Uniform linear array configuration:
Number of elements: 24
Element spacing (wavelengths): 1
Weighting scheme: hamming
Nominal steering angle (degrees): -30
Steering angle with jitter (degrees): -29.041
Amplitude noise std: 0.05
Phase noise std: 0.05

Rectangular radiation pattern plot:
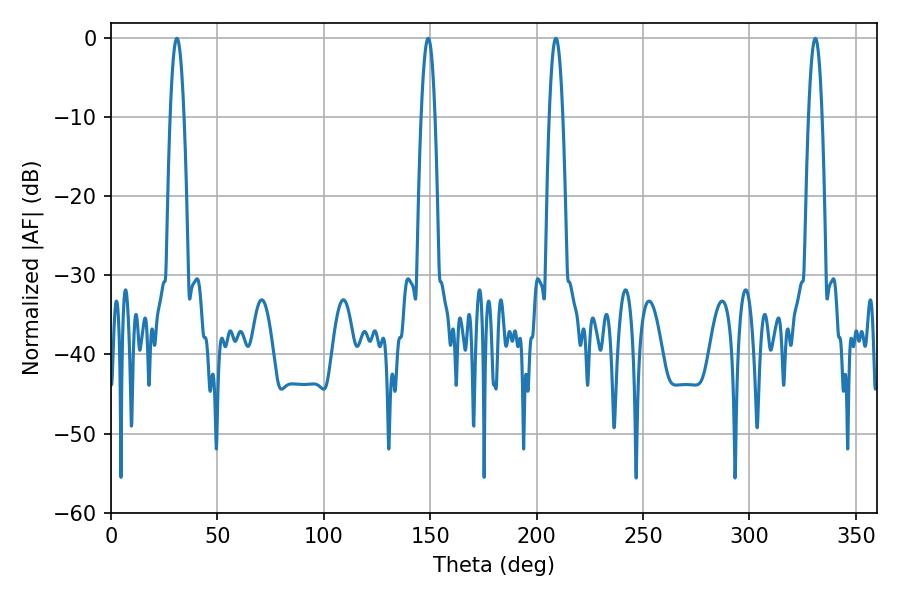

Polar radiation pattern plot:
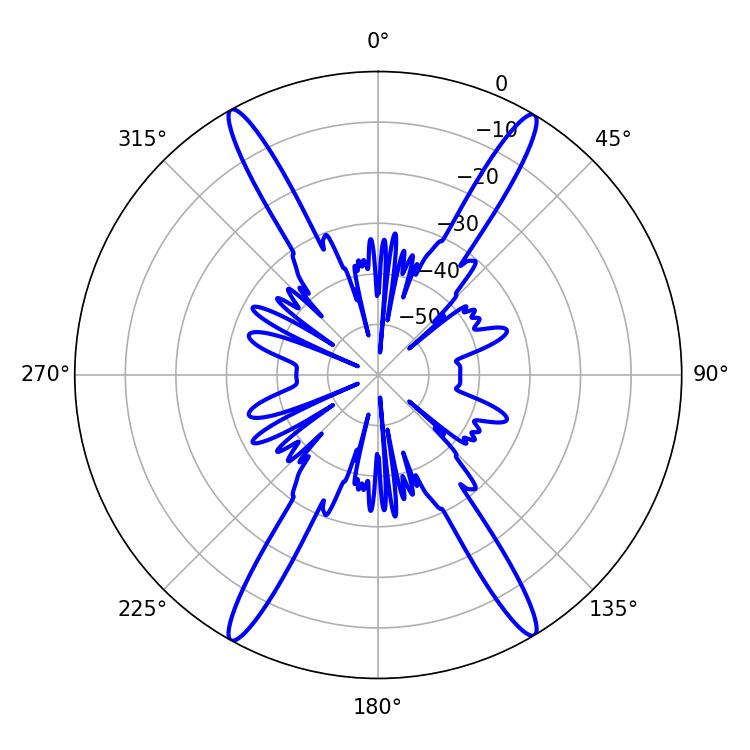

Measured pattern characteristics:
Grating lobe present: TRUE
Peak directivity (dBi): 25.835
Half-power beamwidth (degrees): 3.6
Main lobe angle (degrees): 149.04